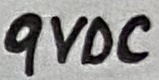
Text: 9VDC